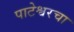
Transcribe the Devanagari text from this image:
पाटेश्वरचा